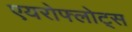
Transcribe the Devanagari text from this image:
एयरोफ्लोट्स